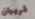
قريبان